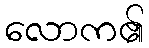
လောက၏